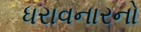
ધરાવનારનો